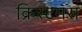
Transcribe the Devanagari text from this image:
क्रिस्टमस